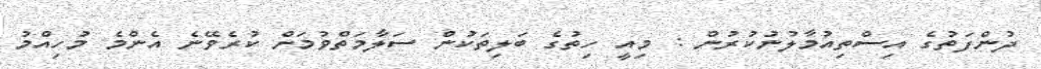
ދުންފަތުގެ އިސްތިއުމާލުނުކުރުން : މިއީ ހިތުގެ ބަލިތަކުން ސަލާމަތްވުމަށް ކުރެވޭނެ އެންމެ މުހިއްމު